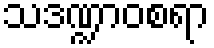
သဒဏ္ဍာဝစရာ